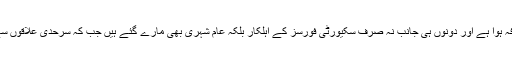
گزشتہ ایک سال کے دوران ان جھڑپوں میں قابل ذکر اضافہ ہوا ہے اور دونوں ہی جانب نہ صرف سکیورٹی فورسز کے اہلکار بلکہ عام شہری بھی مارے گئے ہیں جب کہ سرحدی علاقوں سے بڑی تعداد میں لوگوں کو نقل مکانی بھی کرنا پڑی ہے۔